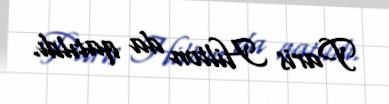
Paris Hilton da qatıldı.